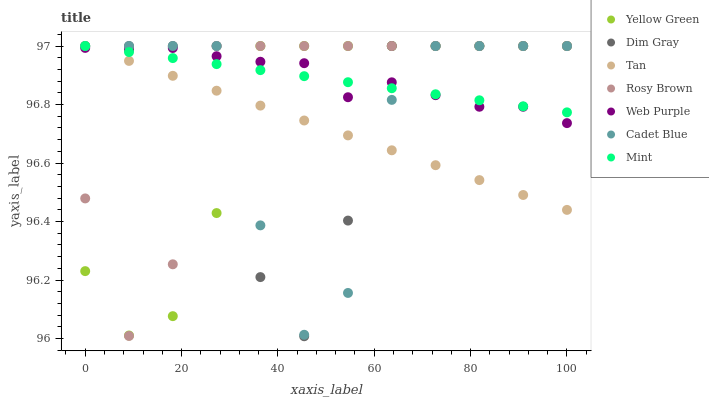
| xaxis_label | Yellow Green | Dim Gray | Tan | Rosy Brown | Web Purple | Cadet Blue | Mint |
 | --- | --- | --- | --- | --- | --- | --- | --- |
 | 0 | 96.2 | 97 | 97 | 96.5 | 97 | 97 | 97 |
 | 9.09 | 96 | 97 | 96.9 | 96 | 97 | 97 | 97 |
 | 18.2 | 96.1 | 97 | 96.9 | 96.3 | 97 | 97 | 97 |
 | 27.3 | 96.4 | 97 | 96.8 | 97 | 97 | 97 | 96.9 |
 | 36.4 | 97 | 96.2 | 96.8 | 97 | 96.9 | 96.4 | 96.9 |
 | 45.5 | 97 | 96 | 96.7 | 97 | 96.9 | 96 | 96.9 |
 | 54.5 | 97 | 96.4 | 96.7 | 97 | 96.8 | 96.2 | 96.9 |
 | 63.6 | 97 | 97 | 96.6 | 97 | 96.9 | 96.8 | 96.9 |
 | 72.7 | 97 | 97 | 96.6 | 97 | 96.8 | 97 | 96.8 |
 | 81.8 | 97 | 97 | 96.5 | 97 | 96.8 | 97 | 96.8 |
 | 90.9 | 97 | 97 | 96.5 | 97 | 96.8 | 97 | 96.8 |
 | 100 | 97 | 97 | 96.4 | 97 | 96.7 | 97 | 96.8 |